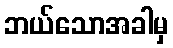
ဘယ်သောအခါမှ